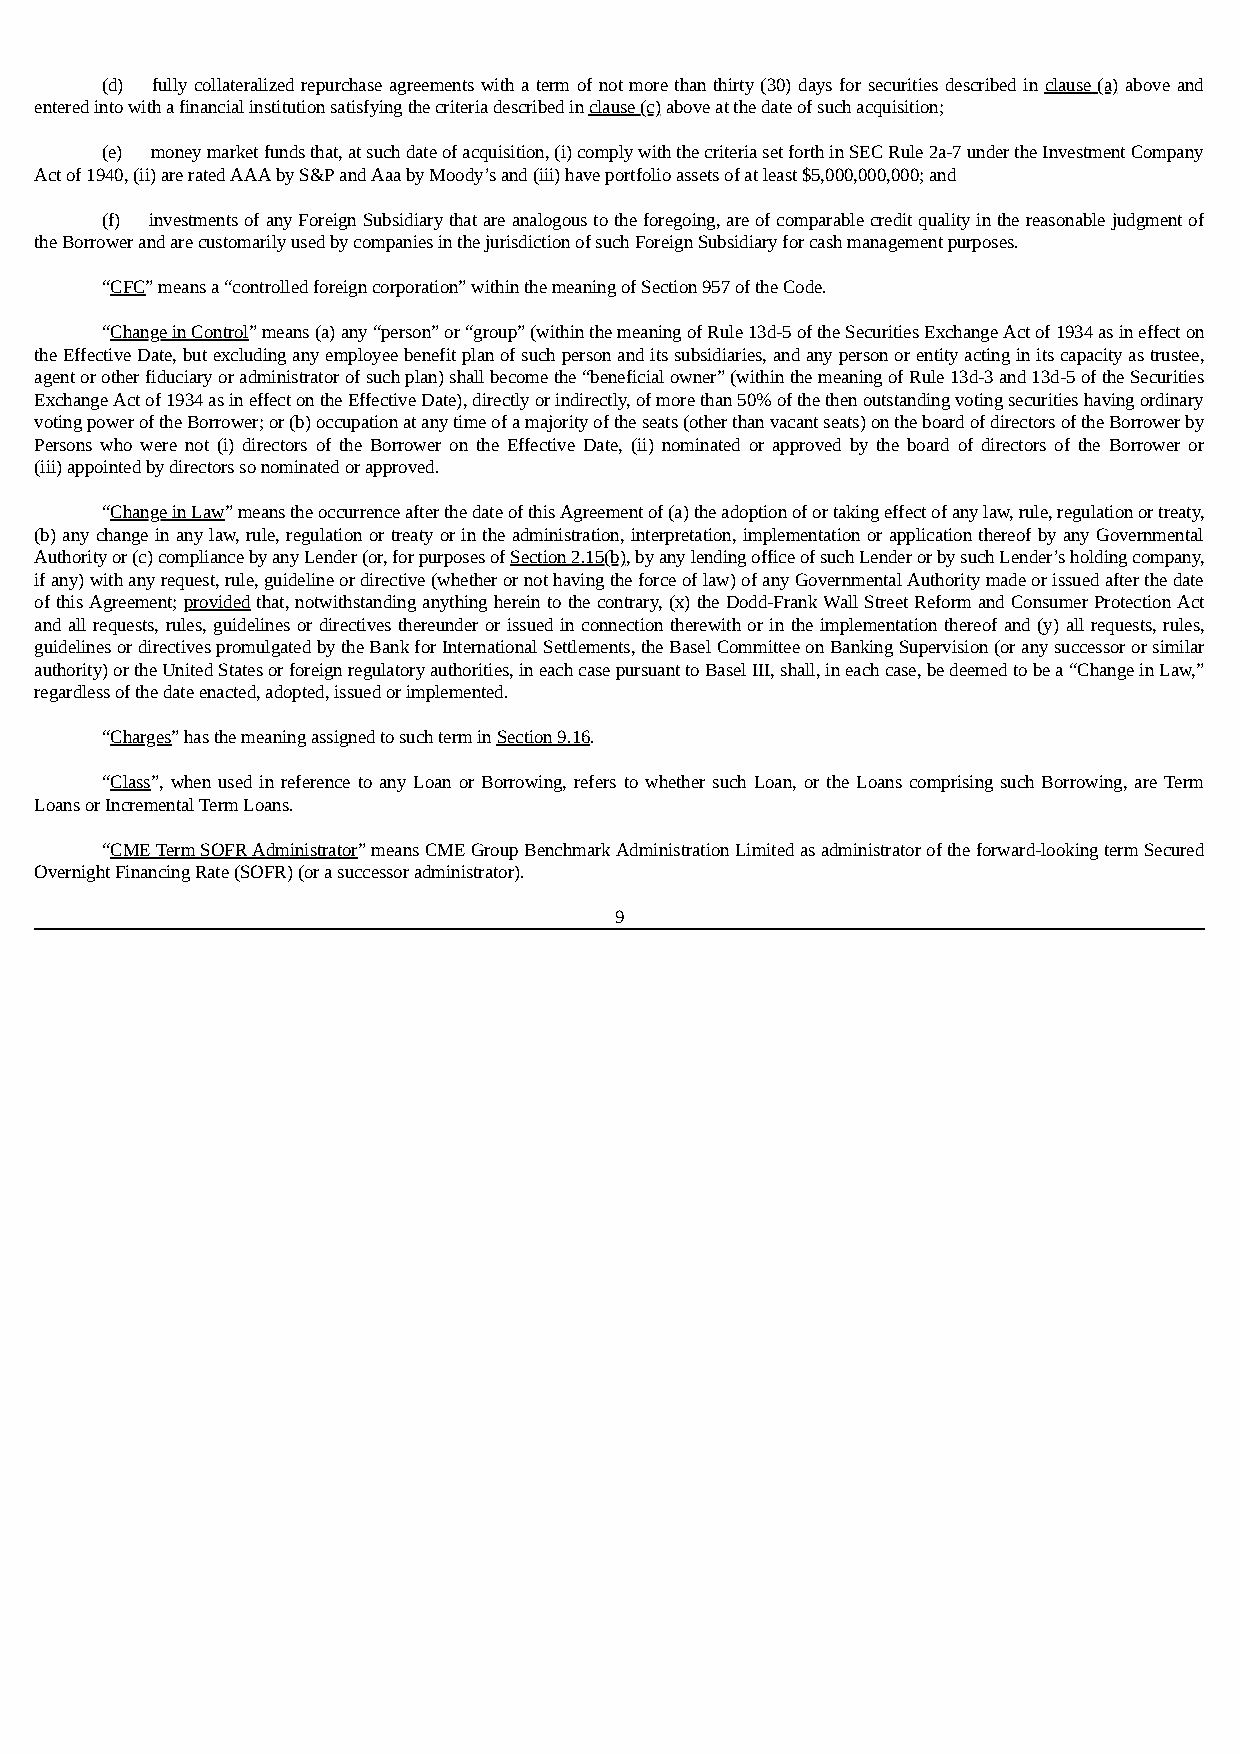
(d) fully collateralized repurchase agreements with a term of not more than thirty (30) days for securities described in clause (a) above and
 entered into with a financial institution satisfying the criteria described in clause (c) above at the date of such acquisition;
 (e) money market funds that, at such date of acquisition, (i) comply with the criteria set forth in SEC Rule 2a-7 under the Investment Company
 Act of 1940, (ii) are rated AAA by S&P and Aaa by Moody’s and (iii) have portfolio assets of at least $5,000,000,000; and
 (f) investments of any Foreign Subsidiary that are analogous to the foregoing, are of comparable credit quality in the reasonable judgment of
 the Borrower and are customarily used by companies in the jurisdiction of such Foreign Subsidiary for cash management purposes.
 “CFC” means a “controlled foreign corporation” within the meaning of Section 957 of the Code.
 “Change in Control” means (a) any “person” or “group” (within the meaning of Rule 13d-5 of the Securities Exchange Act of 1934 as in effect on
 the Effective Date, but excluding any employee benefit plan of such person and its subsidiaries, and any person or entity acting in its capacity as trustee,
 agent or other fiduciary or administrator of such plan) shall become the “beneficial owner” (within the meaning of Rule 13d-3 and 13d-5 of the Securities
 Exchange Act of 1934 as in effect on the Effective Date), directly or indirectly, of more than 50% of the then outstanding voting securities having ordinary
 voting power of the Borrower; or (b) occupation at any time of a majority of the seats (other than vacant seats) on the board of directors of the Borrower by
 Persons who were not (i) directors of the Borrower on the Effective Date, (ii) nominated or approved by the board of directors of the Borrower or
 (iii) appointed by directors so nominated or approved.
 “Change in Law” means the occurrence after the date of this Agreement of (a) the adoption of or taking effect of any law, rule, regulation or treaty,
 (b) any change in any law, rule, regulation or treaty or in the administration, interpretation, implementation or application thereof by any Governmental
 Authority or (c) compliance by any Lender (or, for purposes of Section 2.15(b), by any lending office of such Lender or by such Lender’s holding company,
 if any) with any request, rule, guideline or directive (whether or not having the force of law) of any Governmental Authority made or issued after the date
 of this Agreement; provided that, notwithstanding anything herein to the contrary, (x) the Dodd-Frank Wall Street Reform and Consumer Protection Act
 and all requests, rules, guidelines or directives thereunder or issued in connection therewith or in the implementation thereof and (y) all requests, rules,
 guidelines or directives promulgated by the Bank for International Settlements, the Basel Committee on Banking Supervision (or any successor or similar
 authority) or the United States or foreign regulatory authorities, in each case pursuant to Basel III, shall, in each case, be deemed to be a “Change in Law,”
 regardless of the date enacted, adopted, issued or implemented.
 “Charges” has the meaning assigned to such term in Section 9.16.
 “Class”, when used in reference to any Loan or Borrowing, refers to whether such Loan, or the Loans comprising such Borrowing, are Term
 Loans or Incremental Term Loans.
 “CME Term SOFR Administrator” means CME Group Benchmark Administration Limited as administrator of the forward-looking term Secured
 Overnight Financing Rate (SOFR) (or a successor administrator).
 9